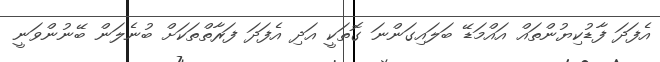
އެފަދަ ފާޑުކިޔުންތައް އައްމަޑޭ ބަލައިގަންނަ ގޮތަކީ އަދި އެފަދަ ފަރާތްތަކަށް ބުނެލަން ބޭނުންވަނީ